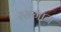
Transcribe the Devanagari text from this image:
रसगान